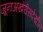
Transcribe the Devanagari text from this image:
जूनअखेरीसदेखील